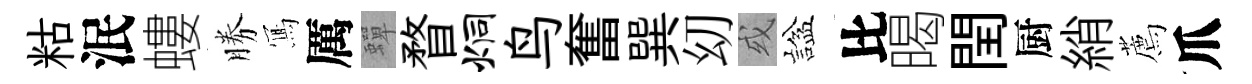
䊀泯螻勝𭂁厲蟬瞀炯鸟奮巽㓜或諡比暍閏厨綃薦爪